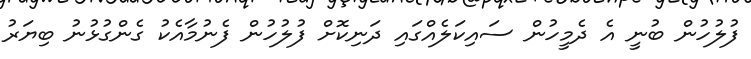
ފުލުހުން ބުނީ އެ ދެމީހުން ސައިކަލެއްގައި ދަނިކޮށް ފުލުހުން ފެނުމާއެކު ގެންގުޅުނު ބިޔަރު